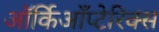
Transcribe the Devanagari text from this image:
ऑर्किआँप्टेरिक्स